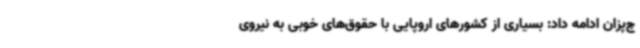
چ‌پزان ادامه داد: بسیاری از کشورهای اروپایی با حقوق‌های خوبی به نیروی